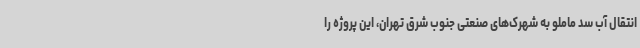
انتقال آب سد ماملو به شهرک‌های صنعتی جنوب شرق تهران، این پروژه را